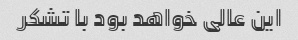
این عالی خواهد بود با تشکر